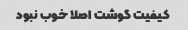
کیفیت گوشت اصلا خوب نبود